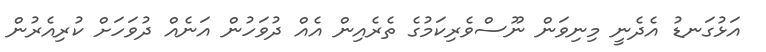
އަޅުގަނޑު އެދެނީ މިނިވަން ނޫސްވެރިކަމުގެ ތެރެއިން އެއް ދުވަހުން އަނެއް ދުވަހަށް ކުރިއެރުން